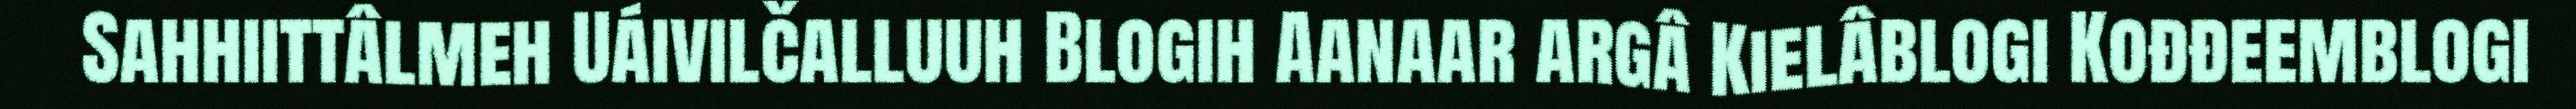
Sahhiittâlmeh Uáivilčalluuh Blogih Aanaar argâ Kielâblogi Kođđeemblogi